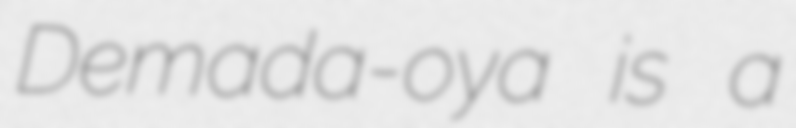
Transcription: Demada-oya is a